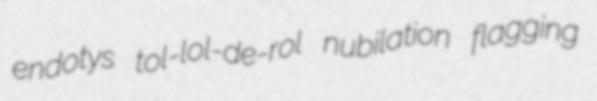
endotys tol-lol-de-rol nubilation flagging